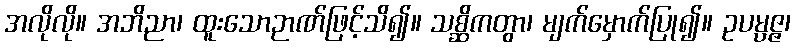
အလိုလို။ အဘိညာ၊ ထူးသောဉာဏ်ဖြင့်သိ၍။ သစ္ဆိကတွာ၊ မျက်မှောက်ပြု၍။ ဥပမ္ပဇ္ဇ၊